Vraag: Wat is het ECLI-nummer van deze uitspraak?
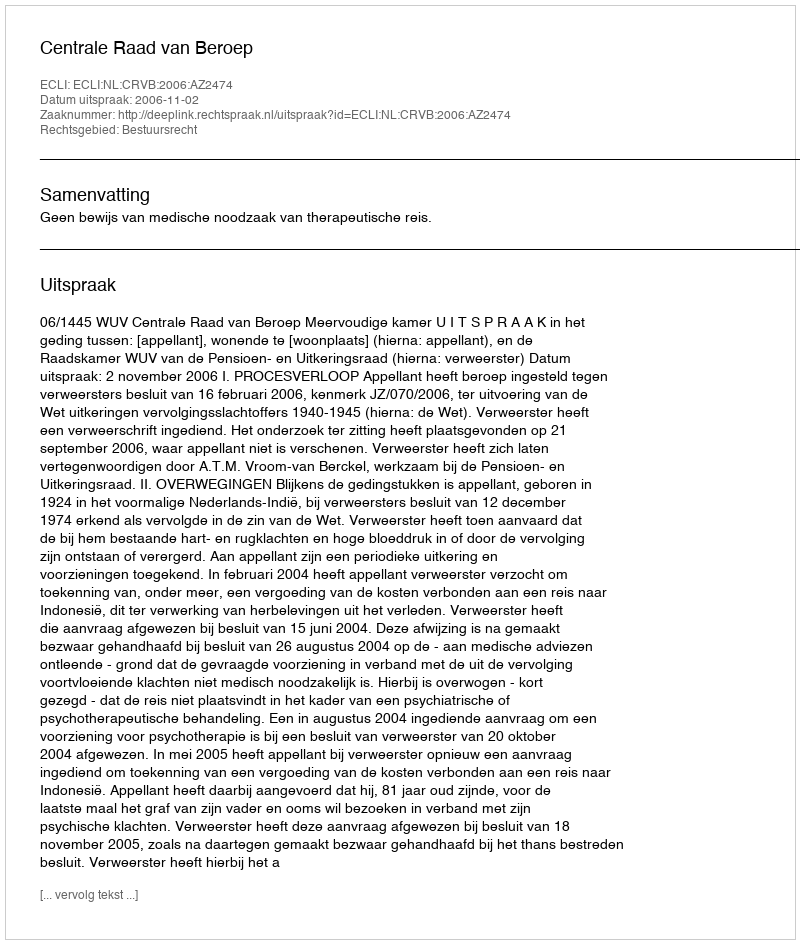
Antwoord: ECLI:NL:CRVB:2006:AZ2474